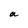
Character: a